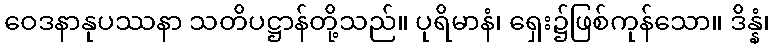
ဝေဒနာနုပဿနာ သတိပဋ္ဌာန်တို့သည်။ ပုရိမာနံ၊ ရှေး၌ဖြစ်ကုန်သော။ ဒိန္နံ၊